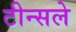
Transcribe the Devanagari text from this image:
टीन्सले